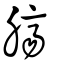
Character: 臍